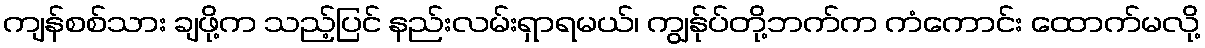
ကျန်စစ်သား ချဖို့က သည့်ပြင် နည်းလမ်းရှာရမယ်၊ ကျွန်ုပ်တို့ဘက်က ကံကောင်း ထောက်မလို့